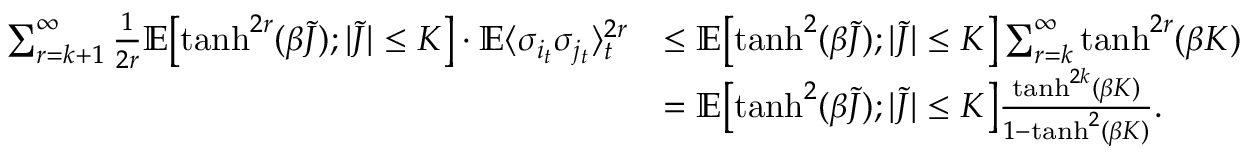
\begin{array} { r l } { \sum _ { r = k + 1 } ^ { \infty } \frac { 1 } { 2 r } \mathbb E \bigl [ \operatorname { t a n h } ^ { 2 r } ( \beta \tilde { J } ) ; | \tilde { J } | \leq K \bigr ] \cdot \mathbb E \langle \sigma _ { i _ { t } } \sigma _ { j _ { t } } \rangle _ { t } ^ { 2 r } } & { \leq \mathbb E \bigl [ \operatorname { t a n h } ^ { 2 } ( \beta \tilde { J } ) ; | \tilde { J } | \leq K \bigr ] \sum _ { r = k } ^ { \infty } \operatorname { t a n h } ^ { 2 r } ( \beta K ) } \\ & { = \mathbb E \bigl [ \operatorname { t a n h } ^ { 2 } ( \beta \tilde { J } ) ; | \tilde { J } | \leq K \bigr ] \frac { \operatorname { t a n h } ^ { 2 k } ( \beta K ) } { 1 - \operatorname { t a n h } ^ { 2 } ( \beta K ) } . } \end{array}